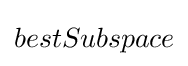
bestSubspace